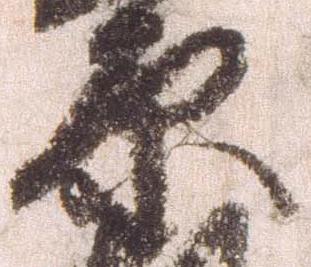
原